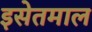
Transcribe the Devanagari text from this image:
इसेतमाल